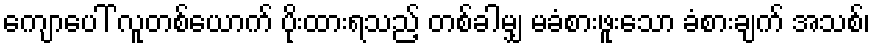
ကျောပေါ် လူတစ်ယောက် ပိုးထားရသည့် တစ်ခါမျှ မခံစားဖူးသော ခံစားချက် အသစ်၊